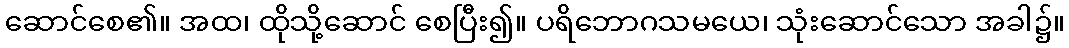
ဆောင်စေ၏။ အထ၊ ထိုသို့ဆောင် စေပြီး၍။ ပရိဘောဂသမယေ၊ သုံးဆောင်သော အခါ၌။